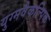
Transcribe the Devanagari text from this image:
युग्मवैकल्पिक